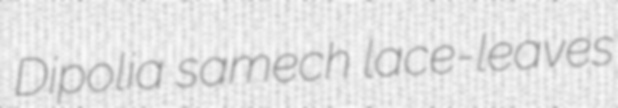
Dipolia samech lace-leaves